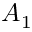
A _ { 1 }